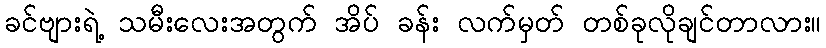
ခင်ဗျားရဲ့ သမီးလေးအတွက် အိပ် ခန်း လက်မှတ် တစ်ခုလိုချင်တာလား။